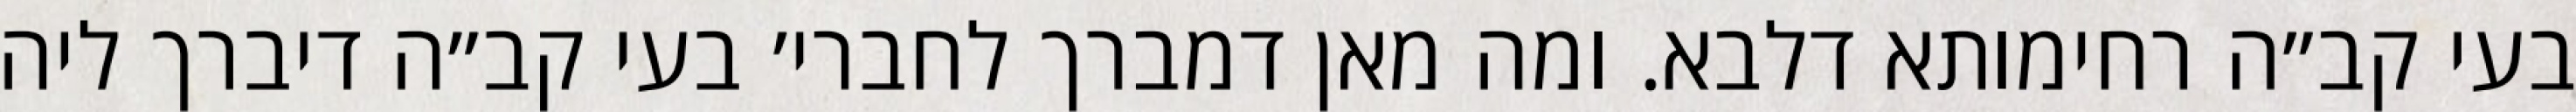
בעי קב״ה רחימותא דלבא. ומה מאן דמברך לחברי׳ בעי קב״ה דיברך ליה